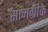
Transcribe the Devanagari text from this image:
सामग्रीके